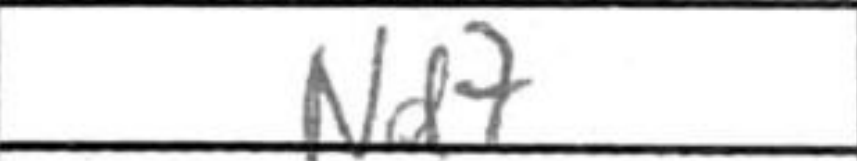
Transcription: Nd7